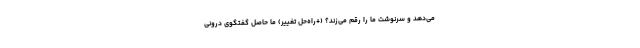
می‌دهد و سرنوشت ما را رقم می‌زند؟ (+راه‌حل تغییر) ما حاصل گفتگوی درونی